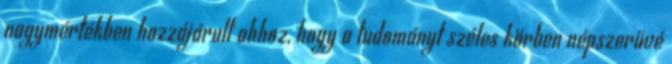
nagymértékben hozzájárult ahhoz, hogy a tudományt széles körben népszerűvé